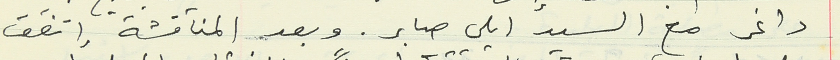
داغر مع السيد ايلي صابر. وبعد المناقشة إتفق